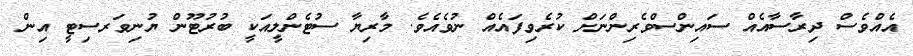
އެއްވެސް ދިރާސާއެއް ސައިންސްވެރިންނަށް ކުރެވިފައެއް ނުވެއެވެ. މާރިޔާ ސުޓެންލީއަކީ ބުރުޓޫން ޔުނިވަރސިޓީ އިން